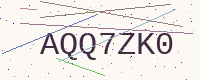
Text: AQQ7ZK0